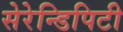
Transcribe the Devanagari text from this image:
सेरेन्डिपिटी